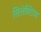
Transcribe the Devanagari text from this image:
सिलेक्टिव्ह